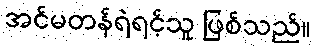
အင်မတန်ရဲရင့်သူ ဖြစ်သည်။